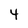
Character: 4